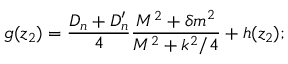
g ( z _ { 2 } ) = { \frac { D _ { n } + D _ { n } ^ { \prime } } { 4 } } { \frac { M ^ { 2 } + { \delta m } ^ { 2 } } { M ^ { 2 } + k ^ { 2 } / 4 } } + h ( z _ { 2 } ) ;